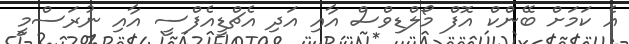
އެ ކަމަށް ބޭންކް އޮފް މޯލްޑިވްސް އާއި އަދި އެޗްޑީއެފްސީ އާއި ނުރަސްމީ